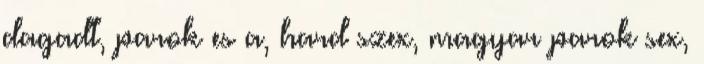
dagadt, parok es a, hard szex, magyar parok sex,